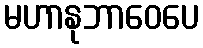
မဟာနုဘာဝေပေ